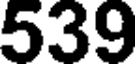
539